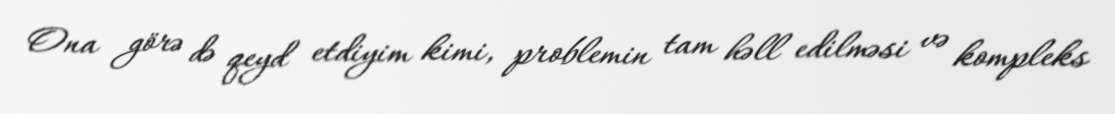
Ona görə də qeyd etdiyim kimi, problemin tam həll edilməsi və kompleks